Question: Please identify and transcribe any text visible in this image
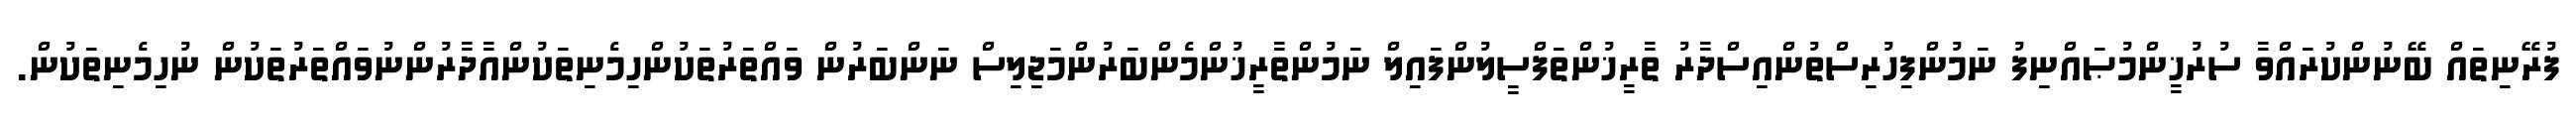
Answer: ފުރޭނިތައް ބޭނުންކުރައްވާ ސުރުޚީންމުޞައްނިފު ނަމުންފިހުރިސްތުންއިސްދާރު ތާރީޚުންތަފްސީލުންފައިލް ނަމުންތާރީޚުންމެންބަރުންމަޖިލިސް ނަންބަރުން ވައްތަރުތަކުންހިމެނިތަކުންއާދާރުންނުވައްތަރުތަކުން ނުހިމެނިތަކުން.